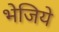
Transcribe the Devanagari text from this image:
भेजिये